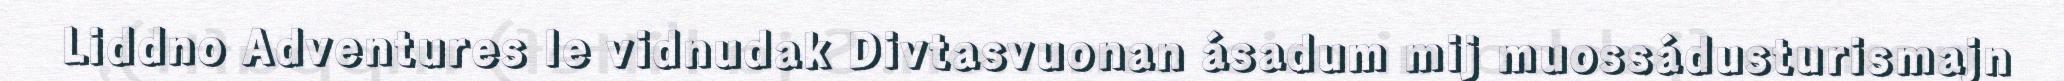
Liddno Adventures le vidnudak Divtasvuonan ásadum mij muossádusturismajn